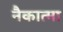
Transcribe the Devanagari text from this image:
नैकात्मा